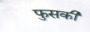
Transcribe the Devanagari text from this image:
फुसकी